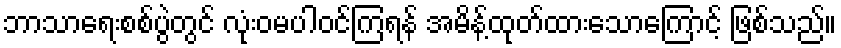
ဘာသာရေးစစ်ပွဲတွင် လုံးဝမပါဝင်ကြရန် အမိန့်ထုတ်ထားသောကြောင့် ဖြစ်သည်။